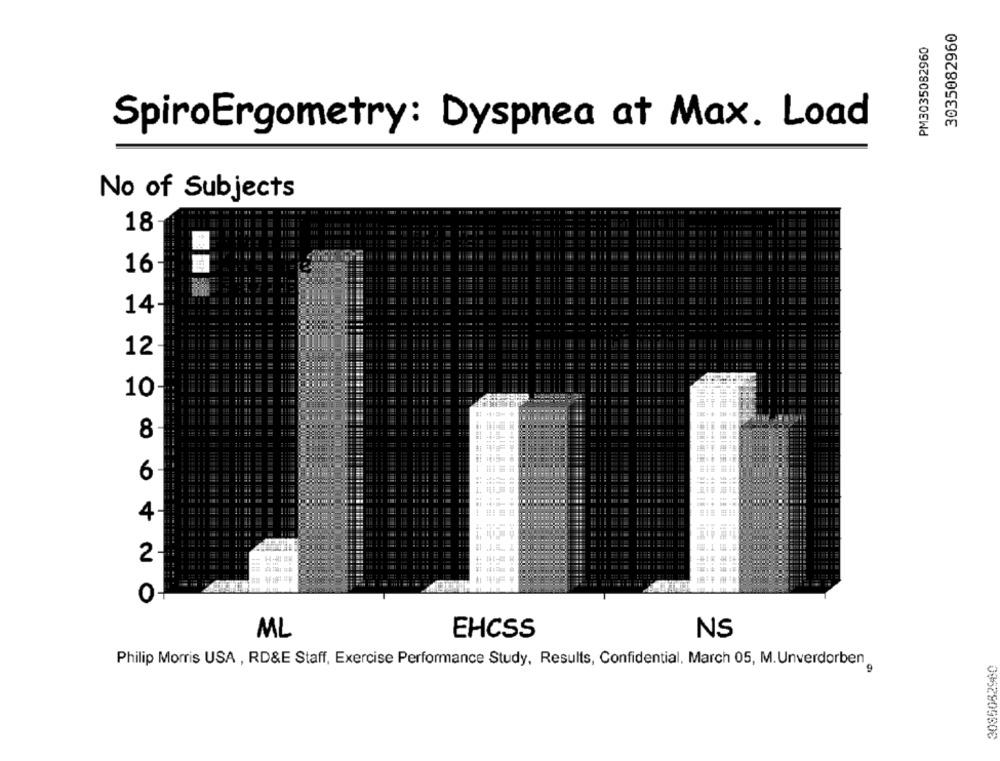
3035082960
PM3035082960
SpiroErgometry: Dyspnea at Max. Load
No of Subjects
18
16
14
12
10-
8
6
4
2
0-
ML
EHCSS
NS
Philip Morris USA , RD&E Staff, Exercise Performance Study, Results, Confidential, March 05, M. Unverdorben
3085082980
9